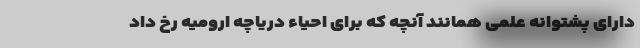
دارای پشتوانه علمی همانند آنچه که برای احیاء دریاچه ارومیه رخ داد